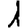
Digit: 1